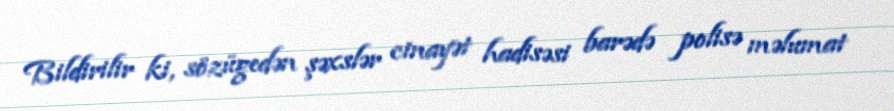
Bildirilir ki, sözügedən şəxslər cinayət hadisəsi barədə polisə məlumat